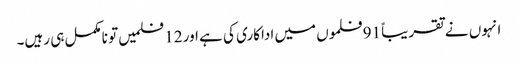
انہوں نے تقریباً 91 فلموں میں اداکاری کی ہے اور 12 فلمیں تو نامکمل ہی رہیں۔